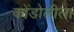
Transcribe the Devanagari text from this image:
कोंडोलीला